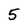
Character: 5